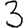
Digit: 3